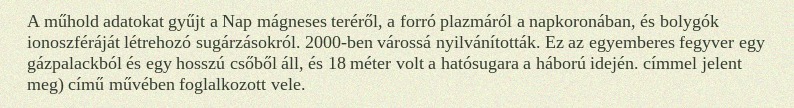
A műhold adatokat gyűjt a Nap mágneses teréről, a forró plazmáról a napkoronában, és bolygók ionoszféráját létrehozó sugárzásokról. 2000-ben várossá nyilvánították. Ez az egyemberes fegyver egy gázpalackból és egy hosszú csőből áll, és 18 méter volt a hatósugara a háború idején. címmel jelent meg) című művében foglalkozott vele.